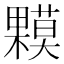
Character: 𰙁